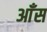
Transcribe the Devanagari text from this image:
आँस